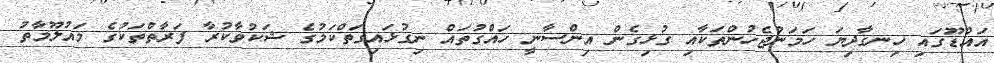
އައްޑޫގައި ހިނގާދިޔަ ހަމަނުޖެހުންތަކާއި ގުޅިގެން އިންސާނީ ހައްގުތައް ނިގުޅައިގަތްކަމުގެ ޝަކުވާކުރާ ފަރާތްތަކުގެ މައުލޫމާތު